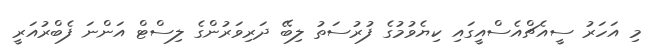
މި އަހަރު ސީއެޗްއެސްއީގައި ކިޔެވުމުގެ ފުރުސަތު ލިބޭ ދަރިވަރުންގެ ލިސްޓް އަންނަ ފެބްރުއަރީ